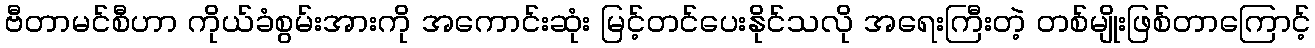
ဗီတာမင်စီဟာ ကိုယ်ခံစွမ်းအားကို အကောင်းဆုံး မြင့်တင်ပေးနိုင်သလို အရေးကြီးတဲ့ တစ်မျိုးဖြစ်တာကြောင့်